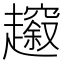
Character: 𧾠